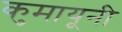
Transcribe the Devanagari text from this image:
कुमायूनी